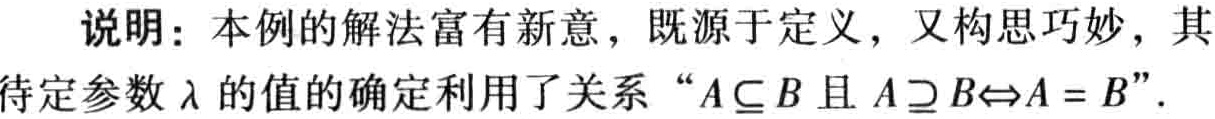
说明：本例的解法富有新意，既源于定义，又构思巧妙，其待定参数\(\lambda\)的值的确定利用了关系 “\(A\subseteq B\)且\(A\supseteq B\Leftrightarrow A = B\)”。